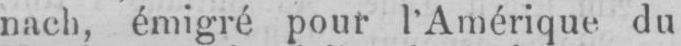
nach, émigré pour l’Amérique du